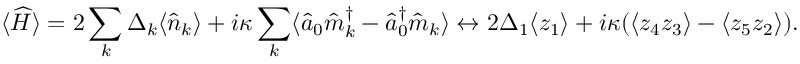
\langle \widehat { H } \rangle = 2 \sum _ { k } \Delta _ { k } \langle \hat { n } _ { k } \rangle + i \kappa \sum _ { k } \langle \hat { a } _ { 0 } \hat { m } _ { k } ^ { \dagger } - \hat { a } _ { 0 } ^ { \dagger } \hat { m } _ { k } \rangle \leftrightarrow 2 \Delta _ { 1 } \langle z _ { 1 } \rangle + i \kappa ( \langle z _ { 4 } z _ { 3 } \rangle - \langle z _ { 5 } z _ { 2 } \rangle ) .